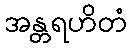
အန္တရဟိတံ